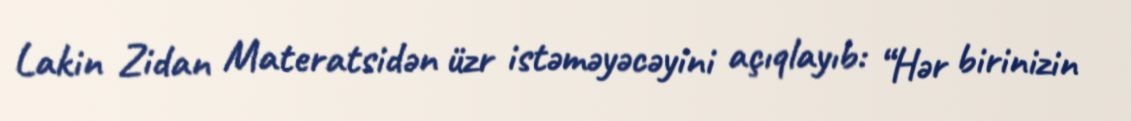
Lakin Zidan Materatsidən üzr istəməyəcəyini açıqlayıb: “Hər birinizin